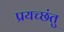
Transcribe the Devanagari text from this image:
प्रयच्छंतु